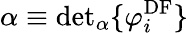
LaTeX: \alpha\equiv\mathrm{det}_{\alpha}\{ \varphi_{i}^{\mathrm{DF}}\}